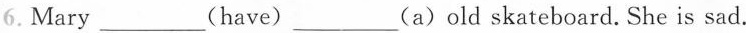
6. Mary ___(have)___(a)old skateboard.She is sad.